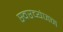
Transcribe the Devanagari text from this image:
स्वरव्यंजन